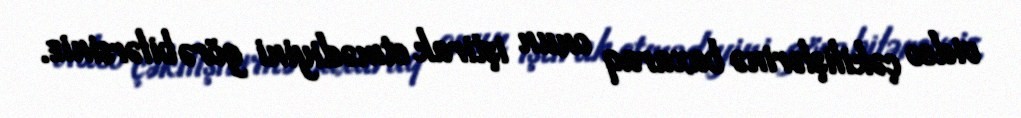
video çəkilişlərinə baxaraq onun iştirak etmədiyini görə bilərsiniz.